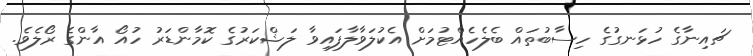
ޗައިނާގެ ހުޅަނގުގެ ހިސާބުތައް ބެލެހެއްޓުމަށް އެކުލަވާލާފައިވާ ލަޝްކަރުގެ ކޮމާންޑަރު ހުއޯ އާންގެ ރޯލެވެ.